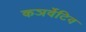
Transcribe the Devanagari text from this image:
कञर्वेटिव